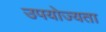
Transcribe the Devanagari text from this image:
उपयोज्यता